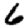
Digit: 6